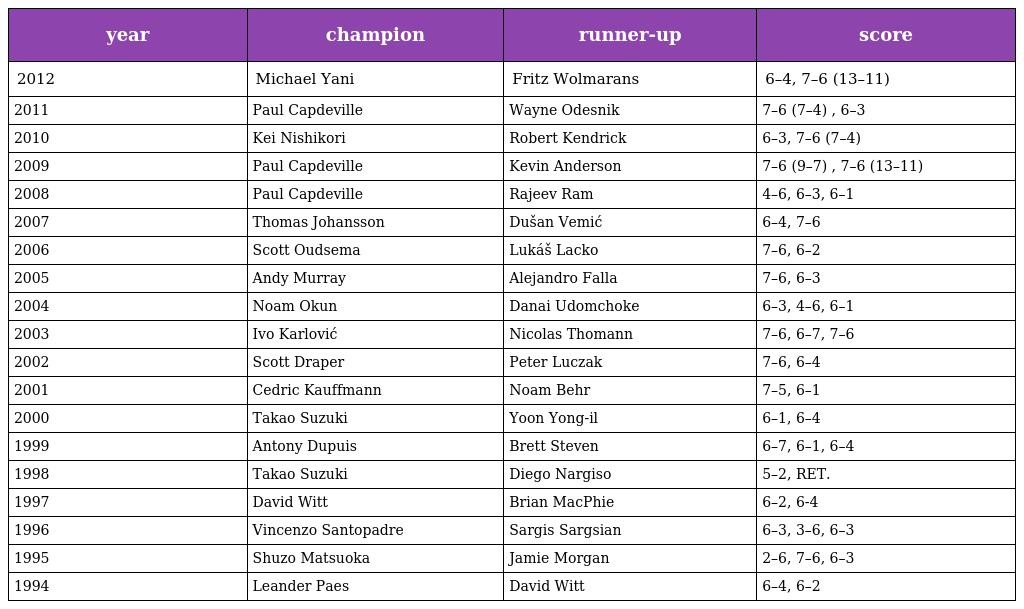
| year | champion | runner-up | score |
 | --- | --- | --- | --- |
 | 2012 | Michael Yani | Fritz Wolmarans | 6–4, 7–6 (13–11) |
 | 2011 | Paul Capdeville | Wayne Odesnik | 7–6 (7–4) , 6–3 |
 | 2010 | Kei Nishikori | Robert Kendrick | 6–3, 7–6 (7–4) |
 | 2009 | Paul Capdeville | Kevin Anderson | 7–6 (9–7) , 7–6 (13–11) |
 | 2008 | Paul Capdeville | Rajeev Ram | 4–6, 6–3, 6–1 |
 | 2007 | Thomas Johansson | Dušan Vemić | 6–4, 7–6 |
 | 2006 | Scott Oudsema | Lukáš Lacko | 7–6, 6–2 |
 | 2005 | Andy Murray | Alejandro Falla | 7–6, 6–3 |
 | 2004 | Noam Okun | Danai Udomchoke | 6–3, 4–6, 6–1 |
 | 2003 | Ivo Karlović | Nicolas Thomann | 7–6, 6–7, 7–6 |
 | 2002 | Scott Draper | Peter Luczak | 7–6, 6–4 |
 | 2001 | Cedric Kauffmann | Noam Behr | 7–5, 6–1 |
 | 2000 | Takao Suzuki | Yoon Yong-il | 6–1, 6–4 |
 | 1999 | Antony Dupuis | Brett Steven | 6–7, 6–1, 6–4 |
 | 1998 | Takao Suzuki | Diego Nargiso | 5–2, RET. |
 | 1997 | David Witt | Brian MacPhie | 6–2, 6-4 |
 | 1996 | Vincenzo Santopadre | Sargis Sargsian | 6–3, 3–6, 6–3 |
 | 1995 | Shuzo Matsuoka | Jamie Morgan | 2–6, 7–6, 6–3 |
 | 1994 | Leander Paes | David Witt | 6–4, 6–2 |